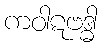
ကဝါဋဗဒ္ဓါ